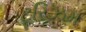
ટૂરિઝમ